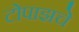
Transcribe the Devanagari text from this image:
टोपाझचे